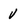
Character: v